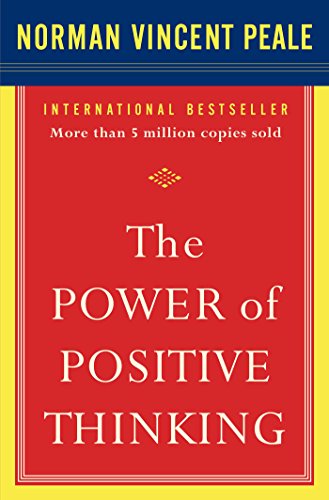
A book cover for The Power of Positive Thinking; Dr. Norman Vincent Peale; Self-Help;